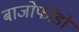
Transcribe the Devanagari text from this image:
बाजोफोंडो